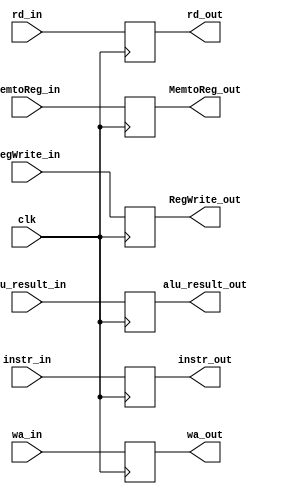
module mem_wb(
  input clk,
  /*WB control*/
  input RegWrite_in,
  input [1:0]MemtoReg_in,
  
  input [31:0] rd_in,
  input [31:0]alu_result_in,
  input [31:0] wa_in,
  input [31:0] instr_in,
  
  output reg RegWrite_out,
  output reg[1:0] MemtoReg_out,
  
  output reg[31:0] rd_out,
  output reg[31:0] alu_result_out,
  output reg[31:0] wa_out,
  output reg[31:0] instr_out
  );
   
  always@(posedge clk)
  begin
    RegWrite_out <= RegWrite_in;
    MemtoReg_out <= MemtoReg_in;
    rd_out <= rd_in;
    alu_result_out <= alu_result_in;
    wa_out <= wa_in;
    instr_out <= instr_in;
  end
  
endmodule